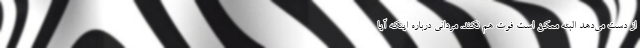
از دست می‌دهد البته ممکن است فوت هم نکند. مردانی درباره اینکه آیا